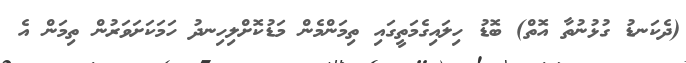
(ދެކަނޑު ގުޅުނުތާ އޮތް) ބޮޑު ހިލައިގެމަތީގައި ތިމަންމެން މަޑުކޮށްލިހިނދު ހަމަކަށަވަރުން ތިމަން އެ